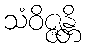
သံဝိဇ္ဇန္တိ